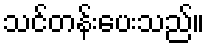
သင်တန်းပေးသည်။